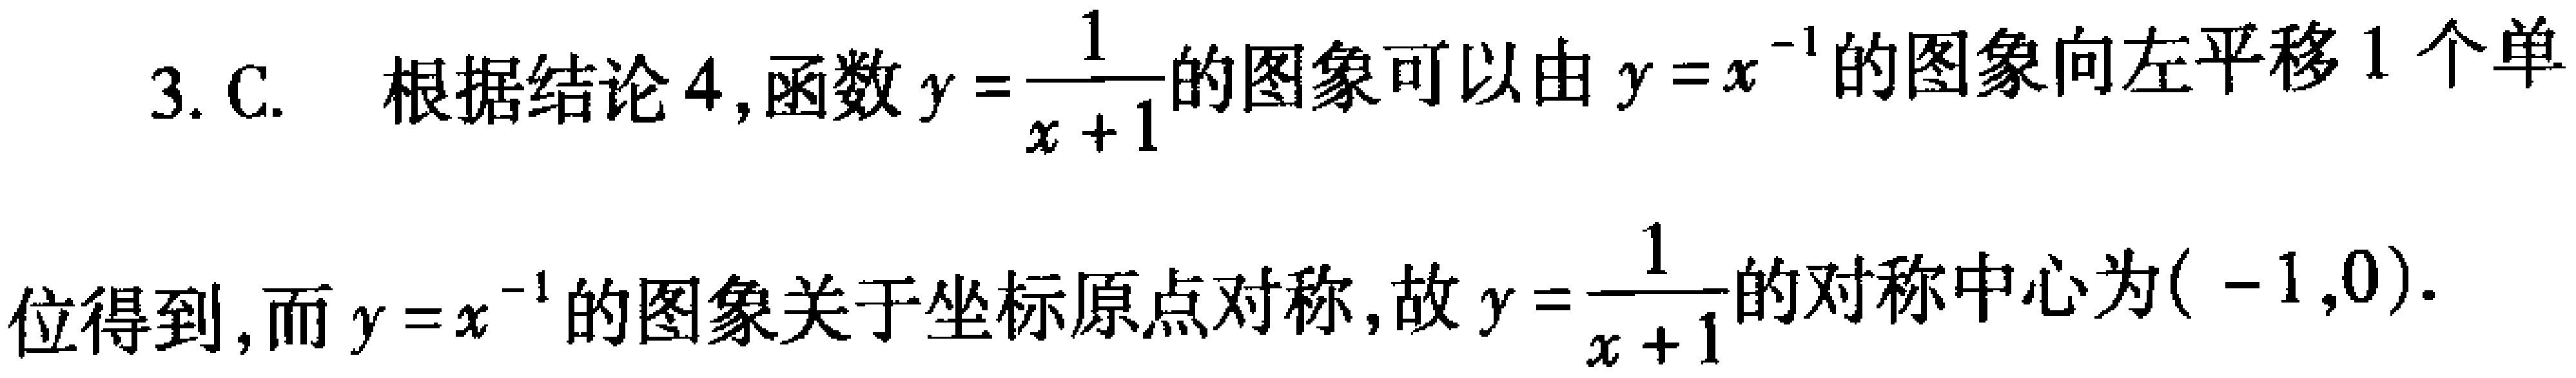
3. C. 根据结论4,函数\(y = \frac{1}{x + 1}\)的图象可以由\(y = x^{-1}\)的图象向左平移1个单位得到,而\(y = x^{-1}\)的图象关于坐标原点对称,故\(y = \frac{1}{x + 1}\)的对称中心为\(( - 1,0)\).